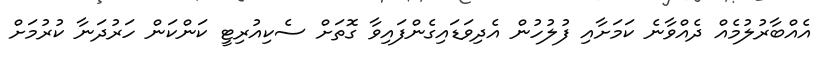
އެއްބާރުލުމެއް ދެއްވާނެ ކަމަށާއި ފުލުހުން އެދިވަޑައިގެންފައިވާ ގޮތަށް ސެކިއުރިޓީ ކަންކަން ހަރުދަނާ ކުރުމަށް